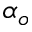
\alpha _ { o }